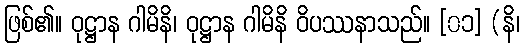
ဖြစ်၏။ ဝုဋ္ဌာန ဂါမိနိ၊ ဝုဋ္ဌာန ဂါမိနိ ဝိပဿနာသည်။ [၀၁] (နိ၊